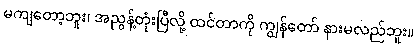
မကျတော့ဘူး၊ အညွန့်တုံးပြီလို့ ထင်တာကို ကျွန်တော် နားမလည်ဘူး။